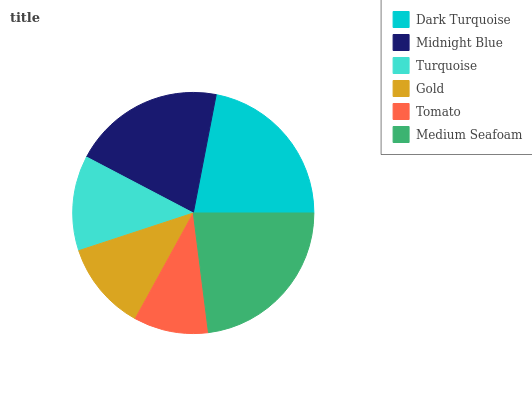
| Dark Turquoise | Midnight Blue | Turquoise | Gold | Tomato | Medium Seafoam |
 | --- | --- | --- | --- | --- | --- |
 | 22% | 20.4% | 12.7% | 12% | 10% | 22.9% |